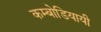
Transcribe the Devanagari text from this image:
कम्बोडियायी